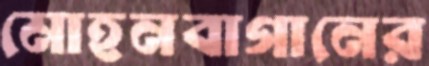
মোহনবাগানের